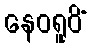
နေဝရူပိံ